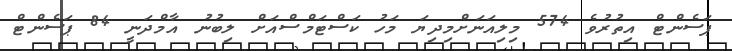
ޕަސެންޓް އިތުރުވެ 574 މިލިއަނަށްމިދިޔަ މަހު ކަސްޓަމްސްއަށް ލިބުނު އާމްދަނީ 84 ޕަސެންޓް